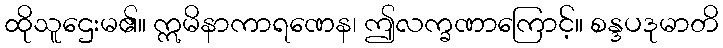
ထိုသူဌေးမ၏။ ဣမိနာကာရဏေန၊ ဤလက္ခဏာကြောင့်။ စန္ဒပဒုမာတိ